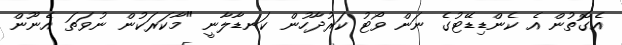
އެގޮތުން އެ ކެންޑިޑޭޓުގެ ނަން ވޯޓު ކަރުދާހުން ކަނޑާލާނީ "މާކަރަކުން ނުވަތަ އެނޫން